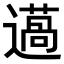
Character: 𨗲